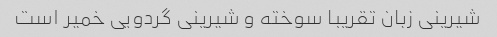
شیرینی زبان تقریبا سوخته و شیرینی گردویی خمیر است